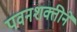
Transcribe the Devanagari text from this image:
पवनशक्तीने